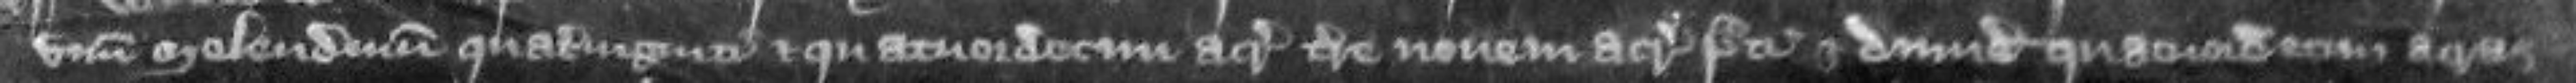
unum molendinum quatuor viginti et quatuordecim acras terre novem acras prati et dimidium quatuordecim acras